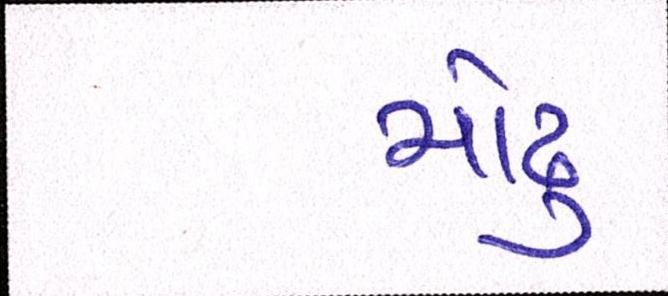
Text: મોઢુ